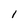
Character: 1